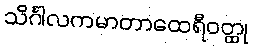
သိင်္ဂါလကမာတာထေရီဝတ္ထု